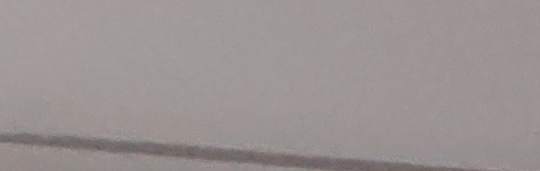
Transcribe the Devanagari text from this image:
मकार्नु